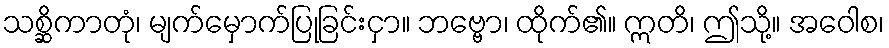
သစ္ဆိကာတုံ၊ မျက်မှောက်ပြုခြင်းငှာ။ ဘဗ္ဗော၊ ထိုက်၏။ ဣတိ၊ ဤသို့။ အဝေါစ၊